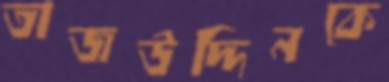
তাজউদ্দিনকে